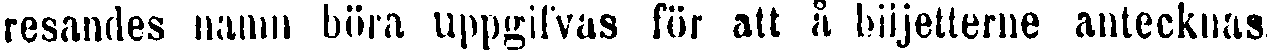
resandes namn böra uppgifvas för att å biljetterne antecknas.